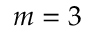
m = 3